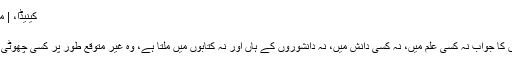
کینیڈا، | مکالمہ | مباحثہ نہیں مکالمہ
کینیڈا، - ٹیگ
کئی دفعہ بڑے بڑے سوالوں کا جواب نہ کسی علم میں، نہ کسی دانش میں، نہ دانشوروں کے ہاں اور نہ کتابوں میں ملتا ہے، وہ غیر متوقع طور پر کسی چھوٹی سی جگہ سے مل جاتا ہے۔